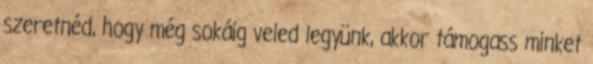
szeretnéd, hogy még sokáig veled legyünk, akkor támogass minket